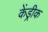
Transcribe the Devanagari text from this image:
केंड्रीक